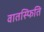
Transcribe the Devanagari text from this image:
वातस्फिति